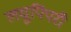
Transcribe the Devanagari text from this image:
लघुपिंपरी